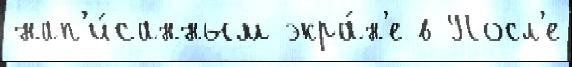
нап'и́санным экра́н'е в Посл'е